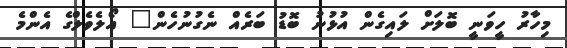
މިހާރު ހީވަނީ ބޮލަށް ލައިގެން އުޅުނު ބޮޑު ބަރެއް ނެގުނުހެން" އޯލެވެލްގެ އެންމެ